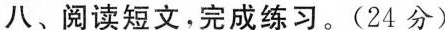
八、阅读短文，完成练习。(24分)